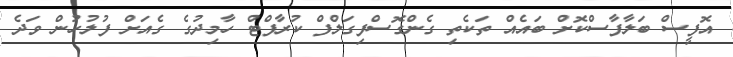
އޮފީސް ބަލާފާސްކޮށް ބައެއް ތަކެތި ގެންގޮސްފިގަލްފް ކުރާފްޓް ހާމިދުގެ ގެއަށް ފުލުހުން ވަދެ